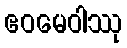
ဧဝမေဝါဿု